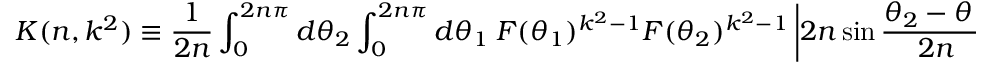
K ( n , k ^ { 2 } ) \equiv \frac { 1 } { 2 n } \int _ { 0 } ^ { 2 n \pi } d \theta _ { 2 } \int _ { 0 } ^ { 2 n \pi } d \theta _ { 1 } ~ { \cal F } ( \theta _ { 1 } ) ^ { k ^ { 2 } - 1 } { \cal F } ( \theta _ { 2 } ) ^ { k ^ { 2 } - 1 } \left| 2 n \sin \frac { \theta _ { 2 } - \theta _ { 1 } } { 2 n } \right| ^ { - 2 k ^ { 2 } } ,